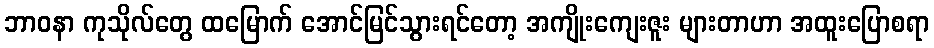
ဘာဝနာ ကုသိုလ်တွေ ထမြောက် အောင်မြင်သွားရင်တော့ အကျိုးကျေးဇူး များတာဟာ အထူးပြောစရာ